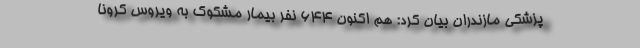
پزشکی مازندران بیان کرد: هم اکنون ۶۴۴ نفر بیمار مشکوک به ویروس کرونا